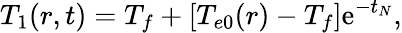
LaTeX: T_{1}(r,t)=T_{f}+\left[T_{e0}(r)-T_{f}\right]\mathrm{e}^{-t_{N}},